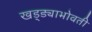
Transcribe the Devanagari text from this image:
खड्ड्याभोवती